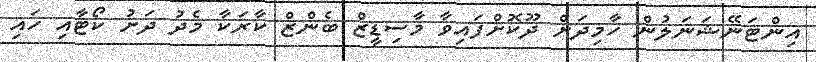
އިންޓަނޭޝަނަލުން ހާމިދަށް ދޫކޮށްފައިވާ މާސިޑީޒް ބެންޒް ކާރަކާ މެދު ދަށު ކޯޓާއި ހައި